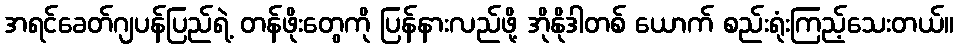
အရင်ခေတ်ဂျပန်ပြည်ရဲ့ တန်ဖိုးတွေကို ပြန်နားလည်ဖို့ အိုနိုဒါတစ် ယောက် စည်းရုံးကြည့်သေးတယ်။